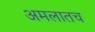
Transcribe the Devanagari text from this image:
अमलातच